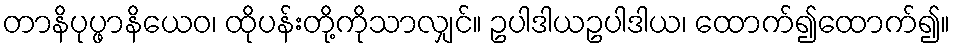
တာနိပုပ္ဖာနိယေဝ၊ ထိုပန်းတို့ကိုသာလျှင်။ ဥပါဒါယဥပါဒါယ၊ ထောက်၍ထောက်၍။